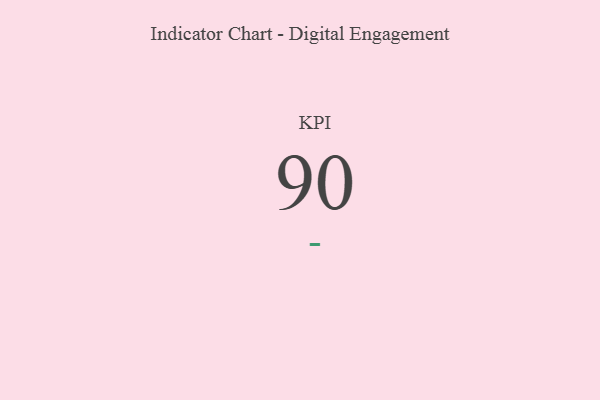
{"axis": {"x": "KPI", "y": "Value"}, "legend": [""], "data": [{"x": "KPI", "y": 90, "type": ""}]}